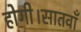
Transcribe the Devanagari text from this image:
होगी।सातवाँ